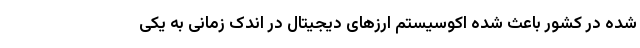
شده در کشور باعث شده اکوسیستم ارز‌های دیجیتال در اندک زمانی به یکی